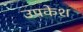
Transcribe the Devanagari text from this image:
उपकेश